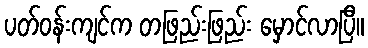
ပတ်ဝန်းကျင်က တဖြည်းဖြည်း မှောင်လာပြီ။